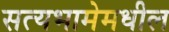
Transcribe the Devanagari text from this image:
सत्यभामेमधील